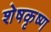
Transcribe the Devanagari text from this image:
शेषकृष्ण